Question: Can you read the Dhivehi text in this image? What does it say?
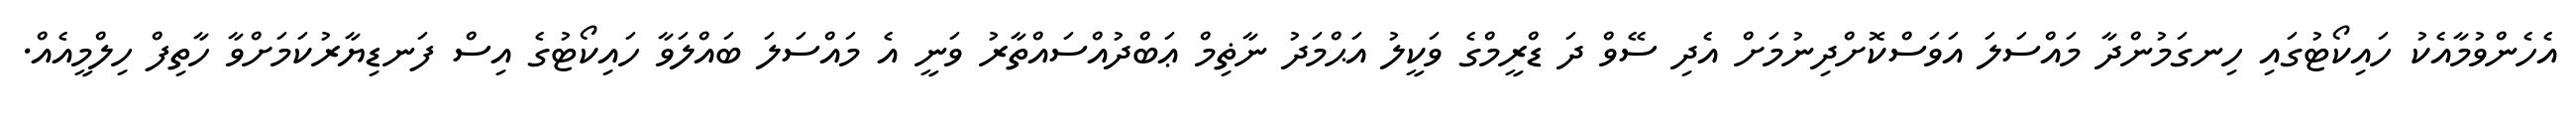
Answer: އެހެންވުމާއެކު ހައިކޯޓުގައި ހިނގަމުންދާ މައްސަލަ އަވަސްކޮށްދިނުމަށް އެދި ސޭވް ދަ ޑްރީމްގެ ވަކީލު އަޙްމަދު ނާޡިމް ޢަބްދުއްސައްތާރު ވަނީ އެ މައްސަލަ ބައްލަވާ ހައިކޯޓުގެ އިސް ފަނޑިޔާރުކަމަށްވާ ހާތިފް ހިލްމީއެއް.